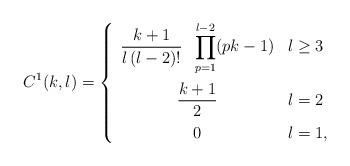
LaTeX: \begin{align*}C^{1}(k,l)=\left\{\begin{array}{cl}{\displaystyle \frac{k+1}{l\, (l-2)! }\;\; \prod_{p=1}^{l-2} (pk-1)}& l\geq 3\vspace*{0.2cm} \\{\displaystyle \frac{k+1}{2}} & l=2\vspace*{0.2cm} \\{\displaystyle 0} & l=1,\end{array}\right.\end{align*}